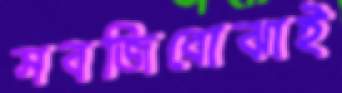
সবজিবোঝাই